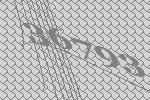
36793